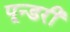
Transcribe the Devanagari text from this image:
पून्डरी